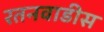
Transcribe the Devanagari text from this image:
रतनवाडीस